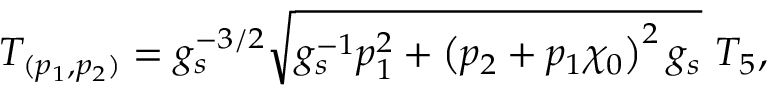
T _ { ( p _ { 1 } , p _ { 2 } ) } = g _ { s } ^ { - 3 / 2 } \sqrt { g _ { s } ^ { - 1 } p _ { 1 } ^ { 2 } + \left( p _ { 2 } + p _ { 1 } \chi _ { 0 } \right) ^ { 2 } g _ { s } } ~ T _ { 5 } ,